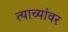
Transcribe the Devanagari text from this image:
त्याच्यांवर